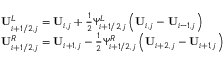
\begin{array} { r l } & { \mathbf { U } _ { i + 1 / 2 , j } ^ { L } = \mathbf { U } _ { i , j } + \frac { 1 } { 2 } \Psi _ { i + 1 / 2 , j } ^ { L } \left( \mathbf { U } _ { i , j } - \mathbf { U } _ { i - 1 , j } \right) } \\ & { \mathbf { U } _ { i + 1 / 2 , j } ^ { R } = \mathbf { U } _ { i + 1 , j } - \frac { 1 } { 2 } \Psi _ { i + 1 / 2 , j } ^ { R } \left( \mathbf { U } _ { i + 2 , j } - \mathbf { U } _ { i + 1 , j } \right) } \end{array}